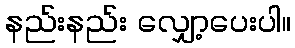
နည်းနည်း လျှော့ပေးပါ။